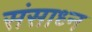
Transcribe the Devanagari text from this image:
संसाध्न